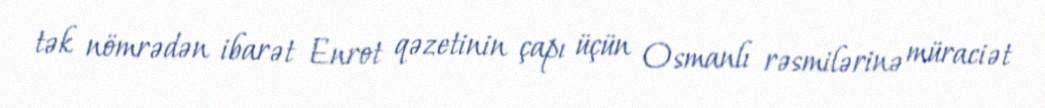
tək nömrədən ibarət Enrot qəzetinin çapı üçün Osmanlı rəsmilərinə müraciət